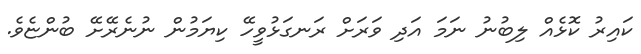
ކައިރު ކޮޅެއް ލިބުނު ނަމަ އަދި ވަރަށް ރަނގަޅުވީހޭ ކިޔަމުން ނުނެރޭށޭ ބުންޏެވެ.